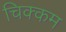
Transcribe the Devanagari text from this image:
चिक्कम